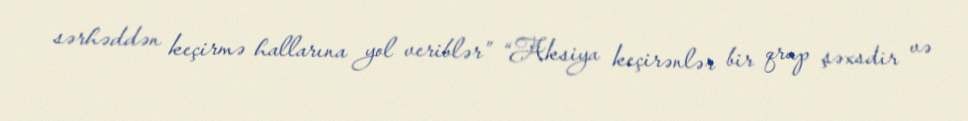
sərhəddən keçirmə hallarına yol veriblər” “Aksiya keçirənlər bir qrup şəxsdir və